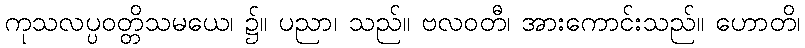
ကုသလပ္ပဝတ္တိသမယေ၊ ၌။ ပညာ၊ သည်။ ဗလဝတီ၊ အားကောင်းသည်။ ဟောတိ၊